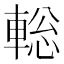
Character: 𨌪